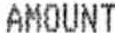
AMOUNT